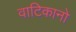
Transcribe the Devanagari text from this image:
वाटिकानो